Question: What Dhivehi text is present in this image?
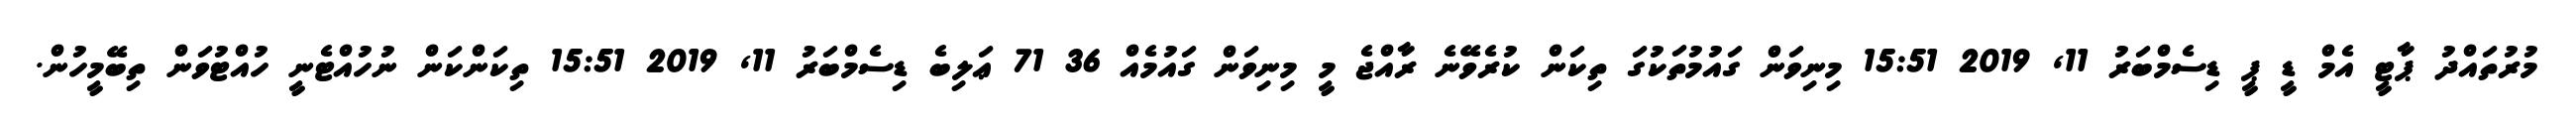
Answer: މުރުތައްދު ޕާޓީ އެމް ޑީ ޕީ ޑިސެމްބަރު 11, 2019 15:51 މިނިވަން ގައުމުތަކުގަ ތިކަން ކުރެވޭނެ ރާއްޖެ މީ މިނިވަން ގައުމެއް 36 71 ޢަލިބެ ޑިސެމްބަރު 11, 2019 15:51 ތިކަންކަން ނުހުއްޓެނީ ހުއްޓުވަން ތިބޭމީހުން.